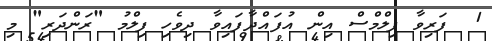
1  ފަރިވާ ފިލްމްސް އިން އުފައްދާފައިވާ ދިވެހި ފިލްމު "ރަންދަރި" މި